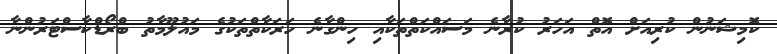
ކޮމިޝަނުން ކުރިއަށް އޮތް އަހަރު ކުރާނެ މަސައްކަތްތަކާއި ހިންގާނެ ހަރަކާތްތަކުގެ މައުލޫމާތު ބްރޯޑްކާސްޓަރުންނާ